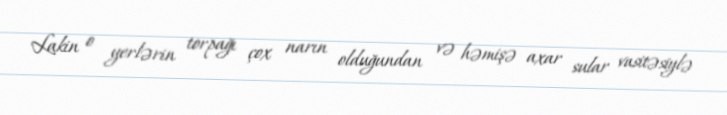
Lakin o yerlərin torpağı çox narın olduğundan və həmişə axar sular vasitəsiylə